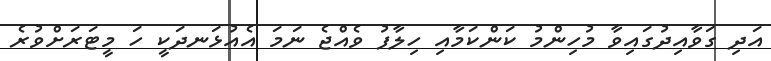
އަދި ގަވާއިދުގައިވާ މުހިންމު ކަންކަމާއި ހިލާފު ވެއްޖެ ނަމަ އެއުޅަނދަކީ ހަ މީޓަރަށްވުރެ